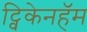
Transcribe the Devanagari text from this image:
ट्विकेनहॅम